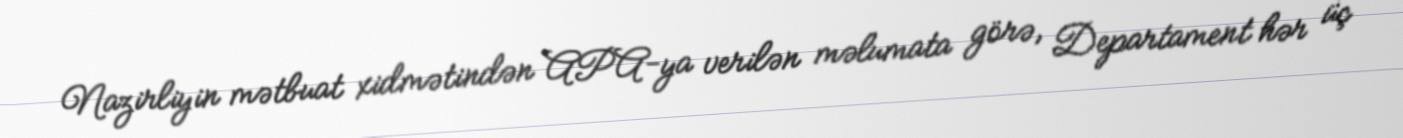
Nazirliyin mətbuat xidmətindən APA-ya verilən məlumata görə, Departament hər üç